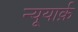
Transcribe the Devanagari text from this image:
न्यूयार्क़